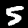
Digit: 5